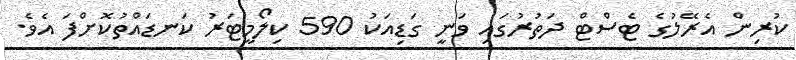
ކުރިން އެރޭލުގެ ޓެސްޓް ދަތުރުގައި ވަނީ ގަޑިއަކު 590 ކިލޯމީޓަރު ކަނޑައްތުކޮށްފަ އެވެ.